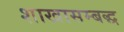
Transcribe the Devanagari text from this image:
शाखासम्बद्ध